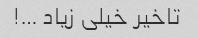
تاخیر خیلی زیاد …!